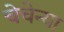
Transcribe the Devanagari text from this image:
चेचेन्या